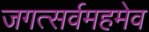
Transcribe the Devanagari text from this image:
जगत्सर्वमहमेव